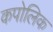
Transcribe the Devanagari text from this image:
कपोलिक